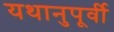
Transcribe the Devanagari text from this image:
यथानुपूर्वी